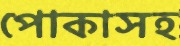
পোকাসহ